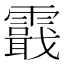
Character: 霵